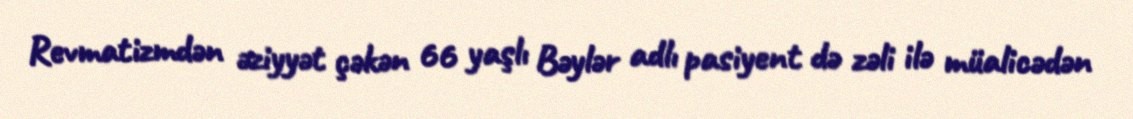
Revmatizmdən əziyyət çəkən 66 yaşlı Bəylər adlı pasiyent də zəli ilə müalicədən